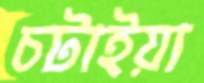
চটাইয়া